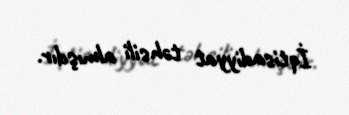
İqtisadiyyat təhsili almışdır.